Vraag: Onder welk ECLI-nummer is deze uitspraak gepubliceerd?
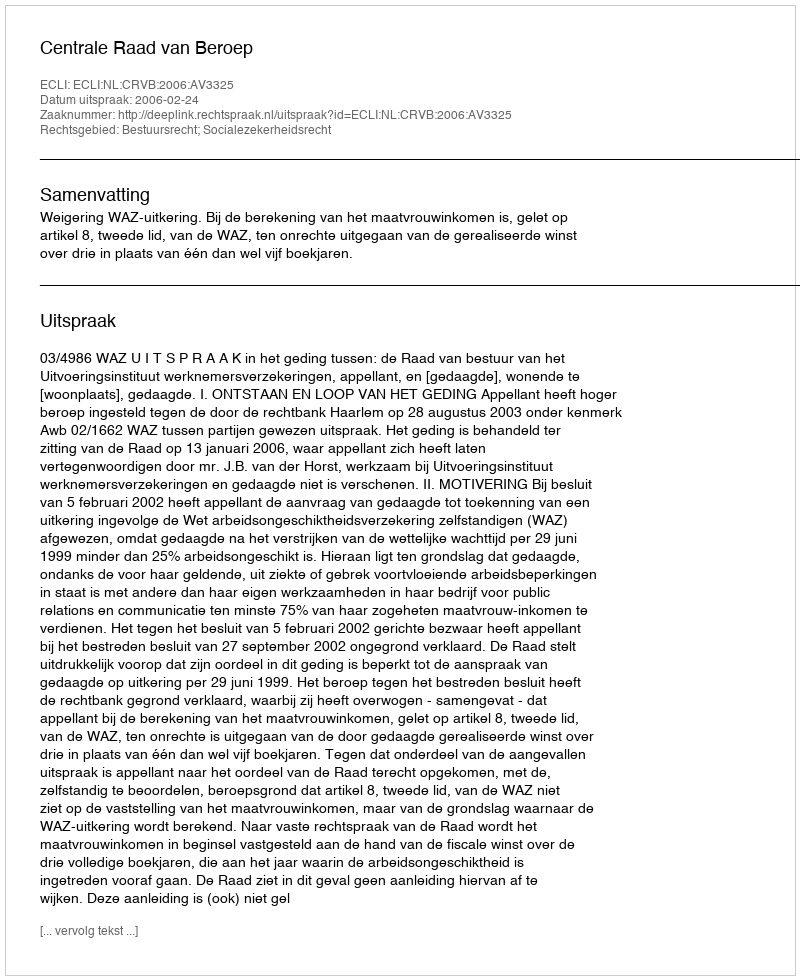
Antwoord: ECLI:NL:CRVB:2006:AV3325